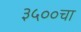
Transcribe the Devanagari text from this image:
३५००चा